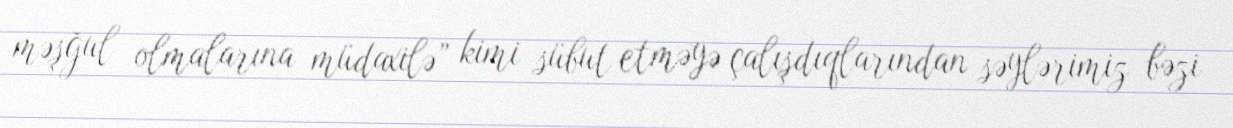
məşğul olmalarına müdaxilə” kimi sübut etməyə çalışdıqlarından səylərimiz bəzi